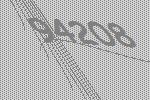
94208